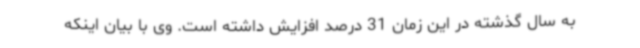
به سال گذشته در این زمان 31 درصد افزایش داشته است. وی با بیان اینکه